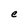
Character: e